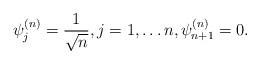
LaTeX: \begin{align*}\psi_j^{(n)}=\frac{1}{\sqrt{n}}, j=1,\ldots{n}, \psi_{n+1}^{(n)}=0.\end{align*}